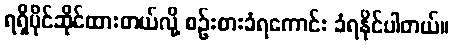
ရရှိပိုင်ဆိုင်ထားတယ်လို့ စဉ်းစားခံရကောင်း ခံရနိုင်ပါတယ်။